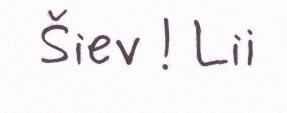
Šiev ! Lii